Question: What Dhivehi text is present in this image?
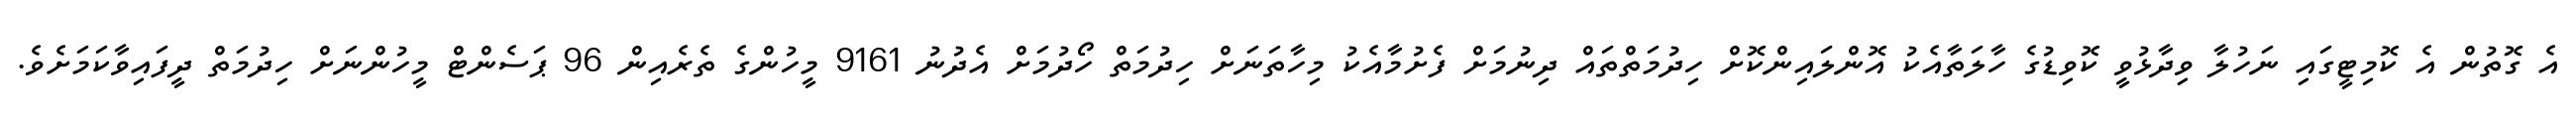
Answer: އެ ގޮތުން އެ ކޮމިޓީގައި ނަހުލާ ވިދާޅުވީ ކޮވިޑުގެ ހާލަތާއެކު އޮންލައިންކޮށް ހިދުމަތްތައް ދިނުމަށް ފެށުމާއެކު މިހާތަނަށް ހިދުމަތް ހޯދުމަށް އެދުނު 9161 މީހުންގެ ތެރެއިން 96 ޕަސެންޓް މީހުންނަށް ހިދުމަތް ދީފައިވާކަމަށެވެ.